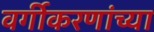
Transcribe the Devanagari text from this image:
वर्गीकरणांच्या